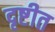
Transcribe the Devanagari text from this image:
दृष्टीत